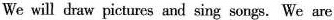
We will draw pictures and sing songs. We are